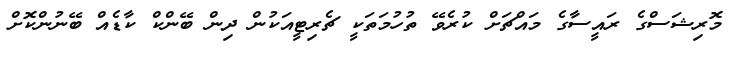
މޮރިޝަސްގެ ރައީސާގެ މައްޗަށް ކުރެވޭ ތުހުމަތަކީ ޗެރިޓީއަކުން ދިން ބޭންކް ކާޑެއް ބޭނުންކޮށް